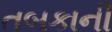
તબકાની